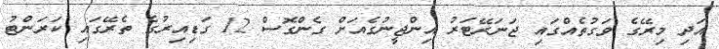
އަދި މިރޭގެ ވަގުތެއްގައި ޖަނަރޭޓަރު އިންޖީނުގެއަށް ގެންގޮސް 12 ގަޑިއިރުގެ ތެރޭގައި ކަރަންޓު